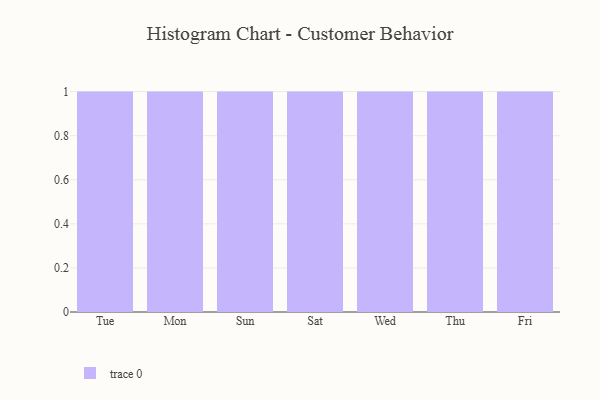
{"axis": {"x": "Day", "y": "Bounce Rate (%)"}, "legend": [""], "data": [{"x": "Tue", "y": 50, "type": ""}, {"x": "Mon", "y": 31, "type": ""}, {"x": "Sun", "y": 47, "type": ""}, {"x": "Sat", "y": 100, "type": ""}, {"x": "Wed", "y": 90, "type": ""}, {"x": "Thu", "y": 100, "type": ""}, {"x": "Fri", "y": 82, "type": ""}]}